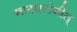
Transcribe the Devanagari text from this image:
नाट्यसंगीत्